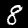
Digit: 8